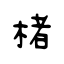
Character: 楮